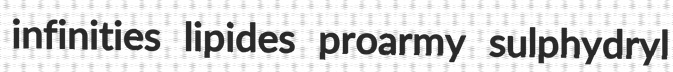
infinities lipides proarmy sulphydryl